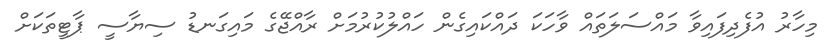
މިހާރު އުފެދިފައިވާ މައްސަލަތައް ވާހަކަ ދައްކައިގެން ހައްލުކުރުމަށް ރާއްޖޭގެ މައިގަނޑު ސިޔާސީ ޕާޓީތަކަށް